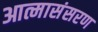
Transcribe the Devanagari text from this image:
आत्मासंसरण